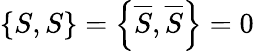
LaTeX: \left\{ S,S\right\} =\left\{ {\overline{{S}}},{\overline{{S}}}\right\} =0